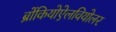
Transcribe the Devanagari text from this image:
ब्रोंकियोऐलवियोलर